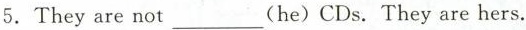
5.They are not ___(he) CDs. They are hers.